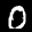
Label: 0